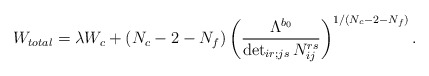
\begin{align*}W_{total} = \lambda W_{c} +({N_c-2-N_f}) \left( \frac{\Lambda^{b_0}}{\det _{ir;js}N_{ij}^{rs} } \right)^{1/(N_c-2-N_f)}.\end{align*}